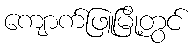
ကျောက်ဖြူမြို့တွင်